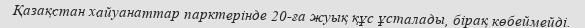
Қазақстан хайуанаттар парктерінде 20-ға жуық құс ұсталады, бірақ көбеймейді.